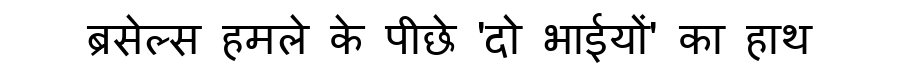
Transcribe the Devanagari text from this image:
ब्रसेल्स हमले के पीछे 'दो भाईयों' का हाथ